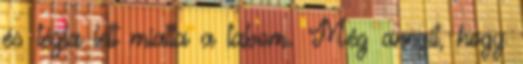
és tégla lett miatta a tabom. Még annyit, hogy